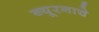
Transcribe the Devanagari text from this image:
ब्यूरनाचे